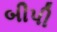
બીપી